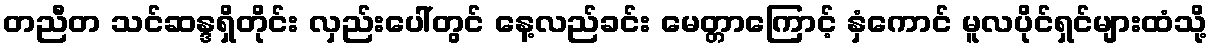
တညီတ သင်ဆန္ဒရှိတိုင်း လှည်းပေါ်တွင် နေ့လည်ခင်း မေတ္တာကြောင့် နှံကောင် မူလပိုင်ရှင်များထံသို့